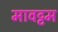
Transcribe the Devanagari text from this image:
मावट्टम